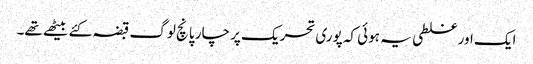
ایک اور غلطی یہ ہوئی کہ پوری تحریک پر چار پانچ لوگ قبضہ کئے بیٹھے تھے۔